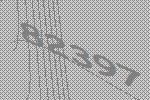
82397